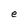
Character: e